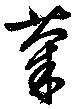
菊